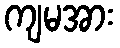
ကျမအား